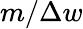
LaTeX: m/\Delta w